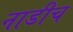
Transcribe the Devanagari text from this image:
नाडीच